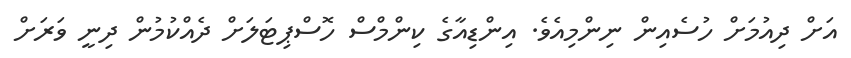
އަށް ދިއުމަށް ހުސެއިން ނިންމިއެވެ. އިންޑިއާގެ ކިންމްސް ހޮސްޕިޓަލަށް ދެއްކުމުން ދިނީ ވަރަށް